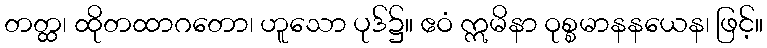
တတ္ထ၊ ထိုတထာဂတော၊ ဟူသော ပုဒ်၌။ ဧဝံ ဣမိနာ ဝုစ္စမာနနယေန၊ ဖြင့်။